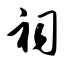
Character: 祠